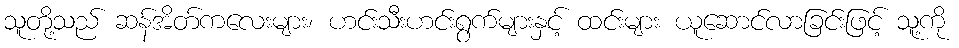
သူတို့သည် ဆန်အိတ်ကလေးများ၊ ဟင်းသီးဟင်းရွက်များနှင့် ထင်းများ ယူဆောင်လာခြင်းဖြင့် သူ့ကို